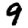
Digit: 9